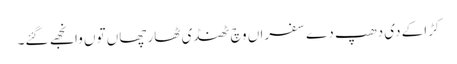
کڑاکے دی دھپ دے سفراں وچ ٹھنڈی ٹھار چھاں توں وانجھے گئے۔